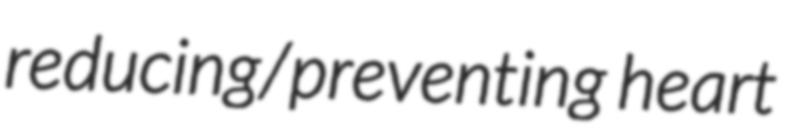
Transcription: reducing/preventing heart